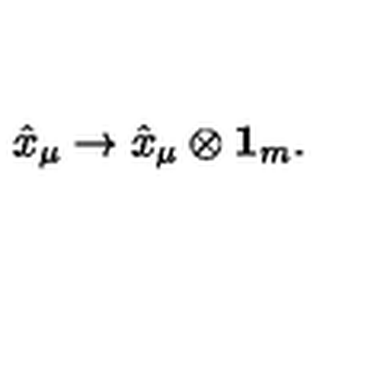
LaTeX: \hat { x } _ { \mu } \rightarrow \hat { x } _ { \mu } \otimes { \bf 1 } _ { m } .